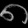
Digit: ၈